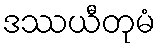
ဒဿယီတုမံ